Bréfritari: Sigríður Pálsdóttir
Viðtakandi: Páll Pálsson
Dagsetning: A-1861-04-07
Skrifað á: Breiðabólsstað  Rang.
Páll var bróðir Sigríðar

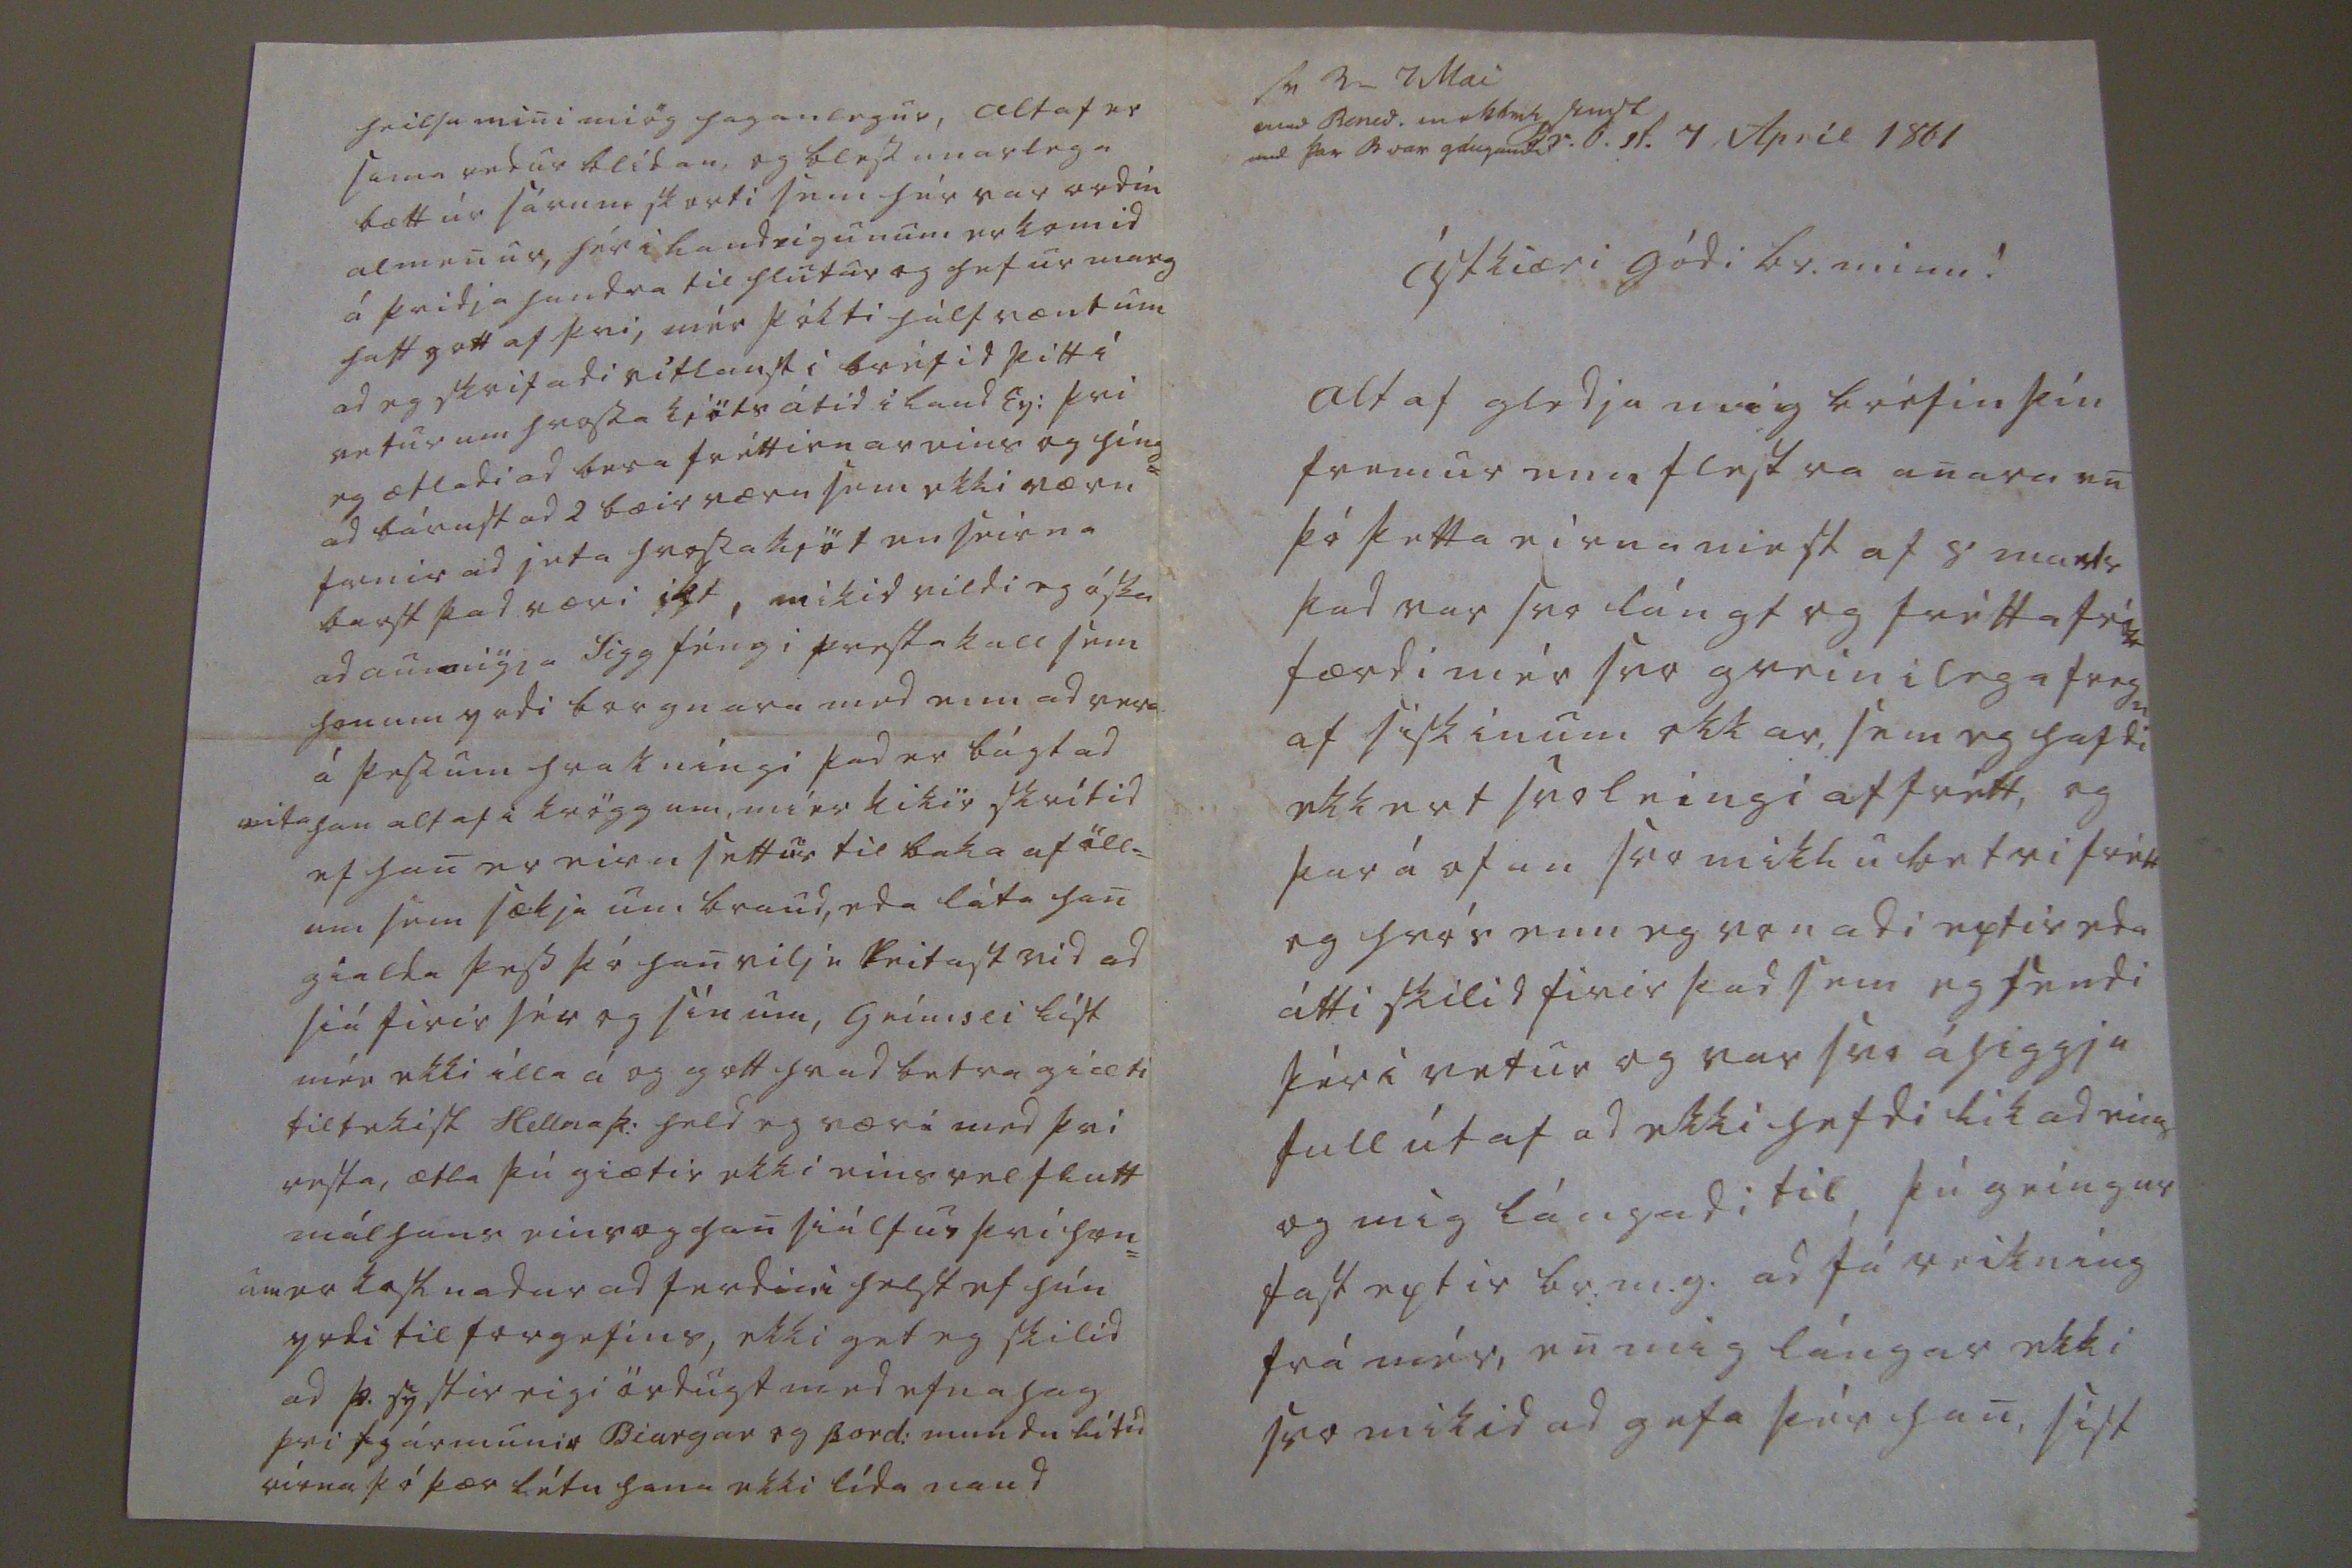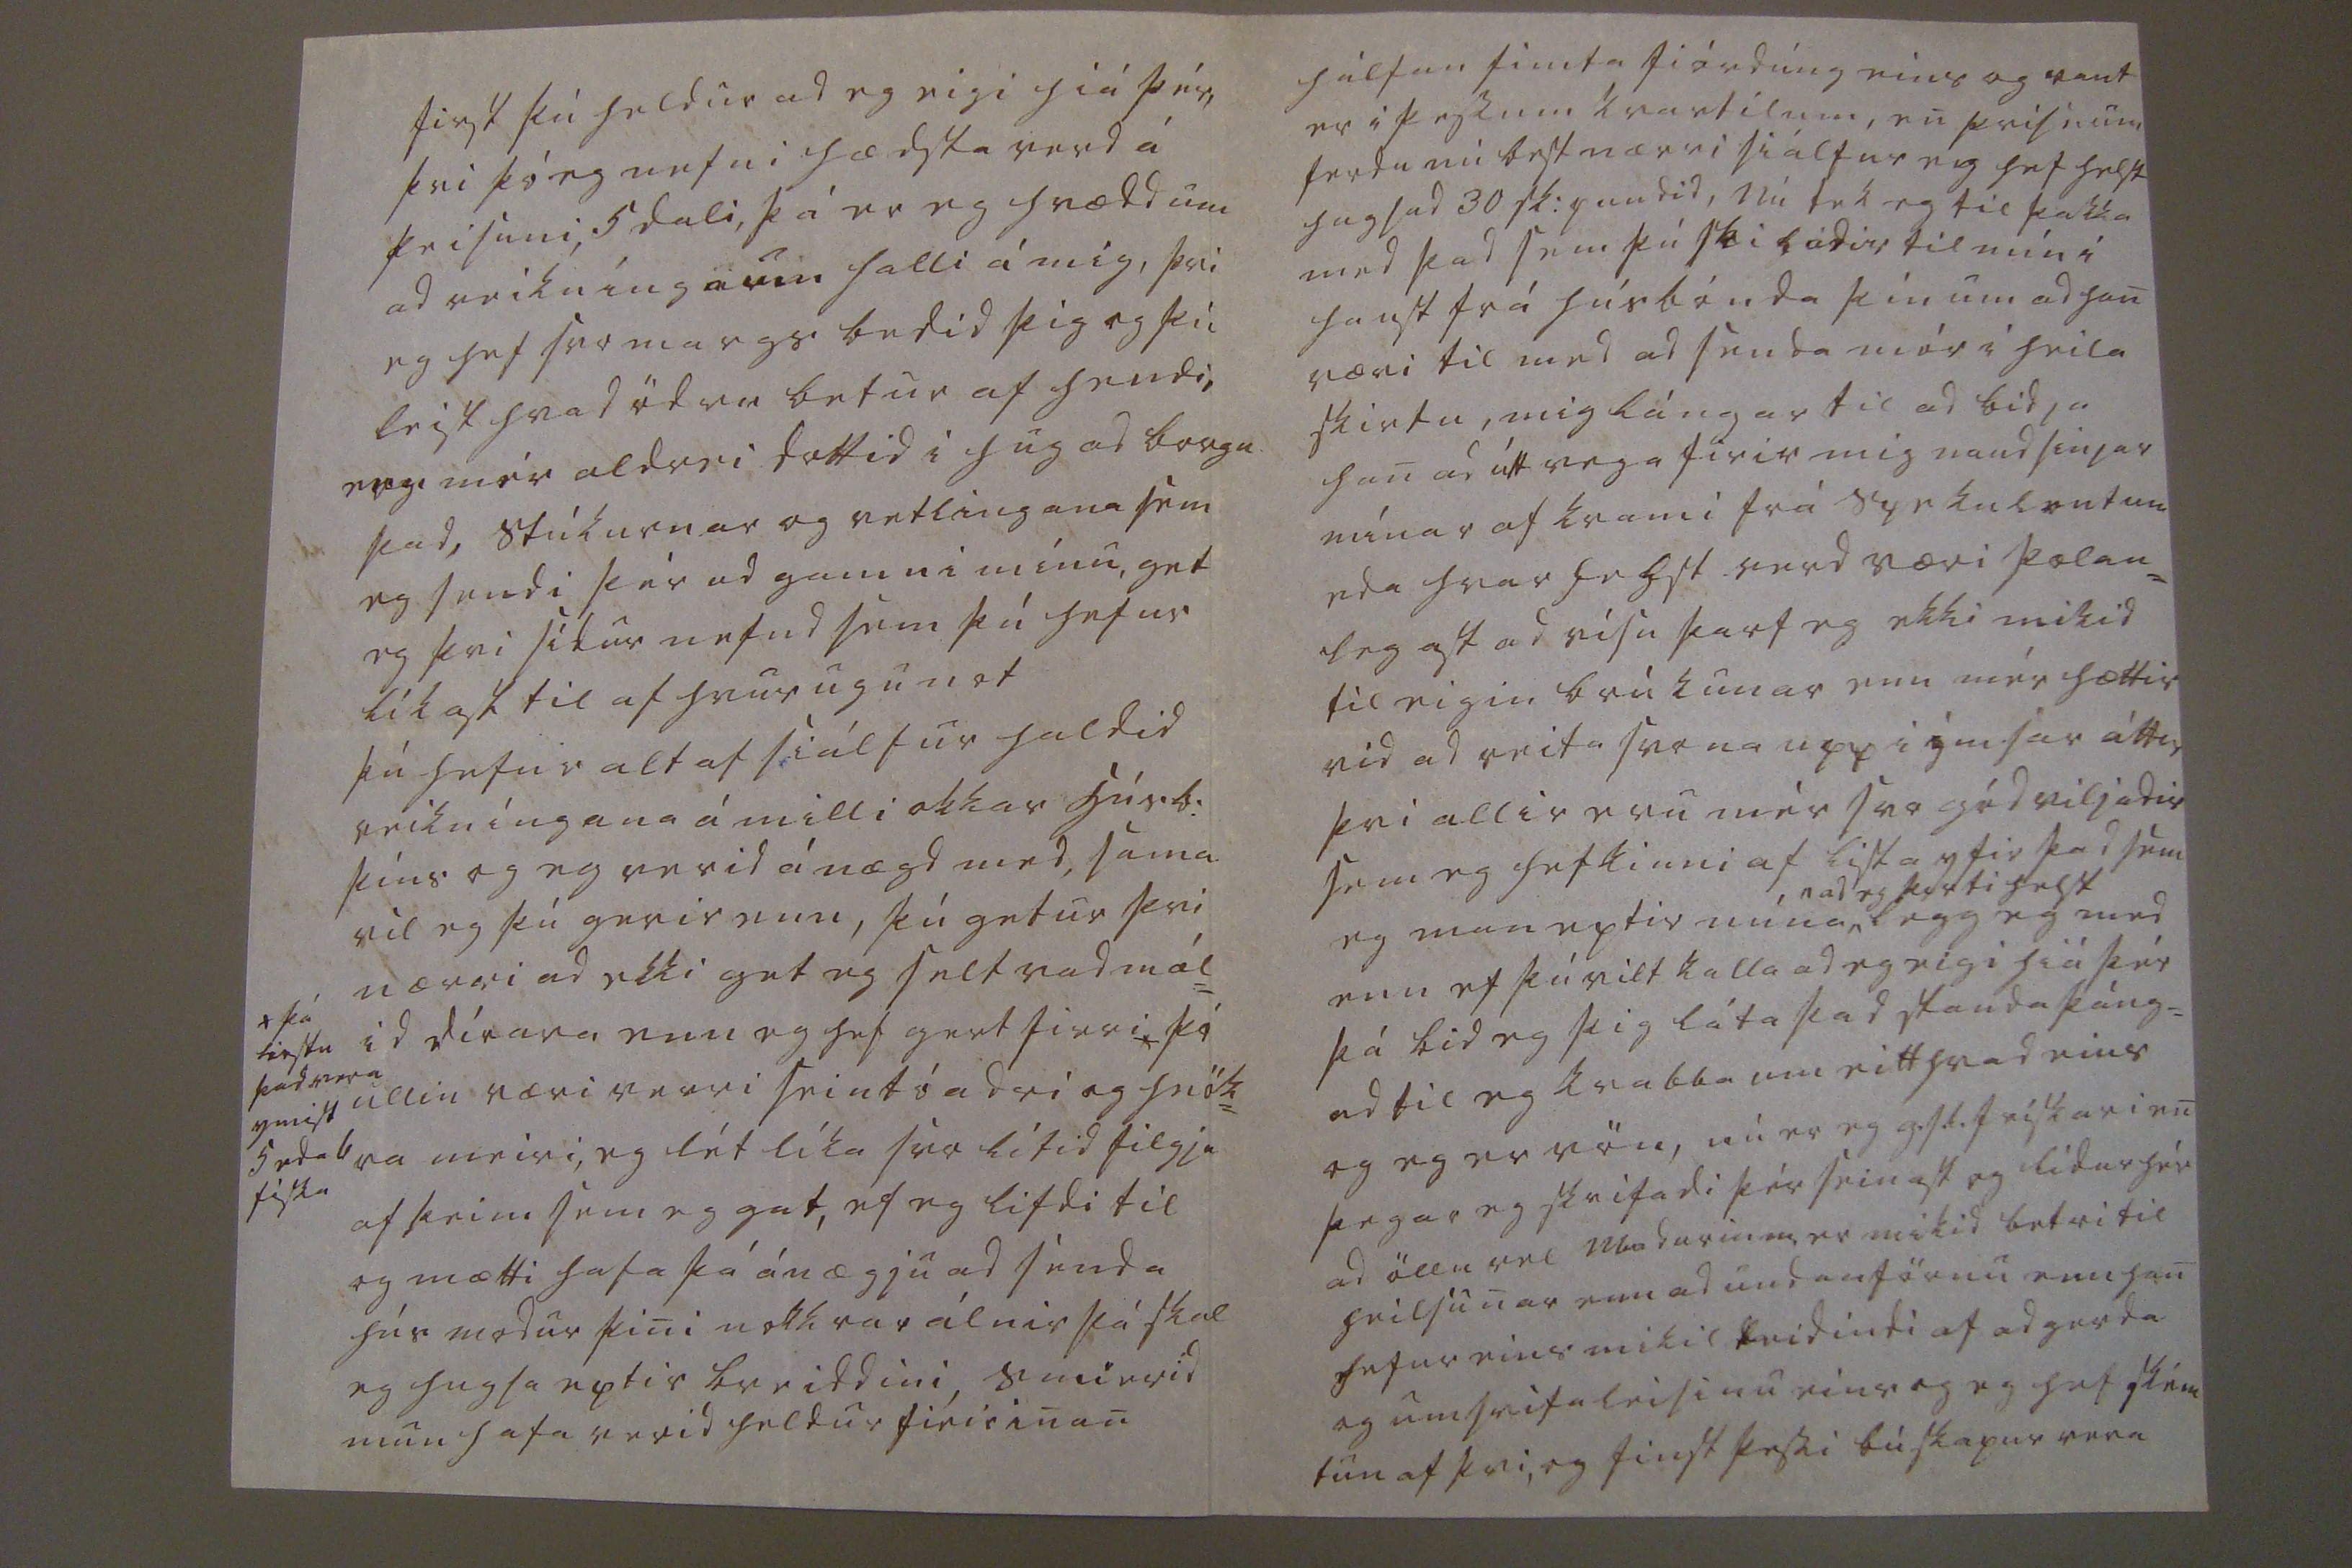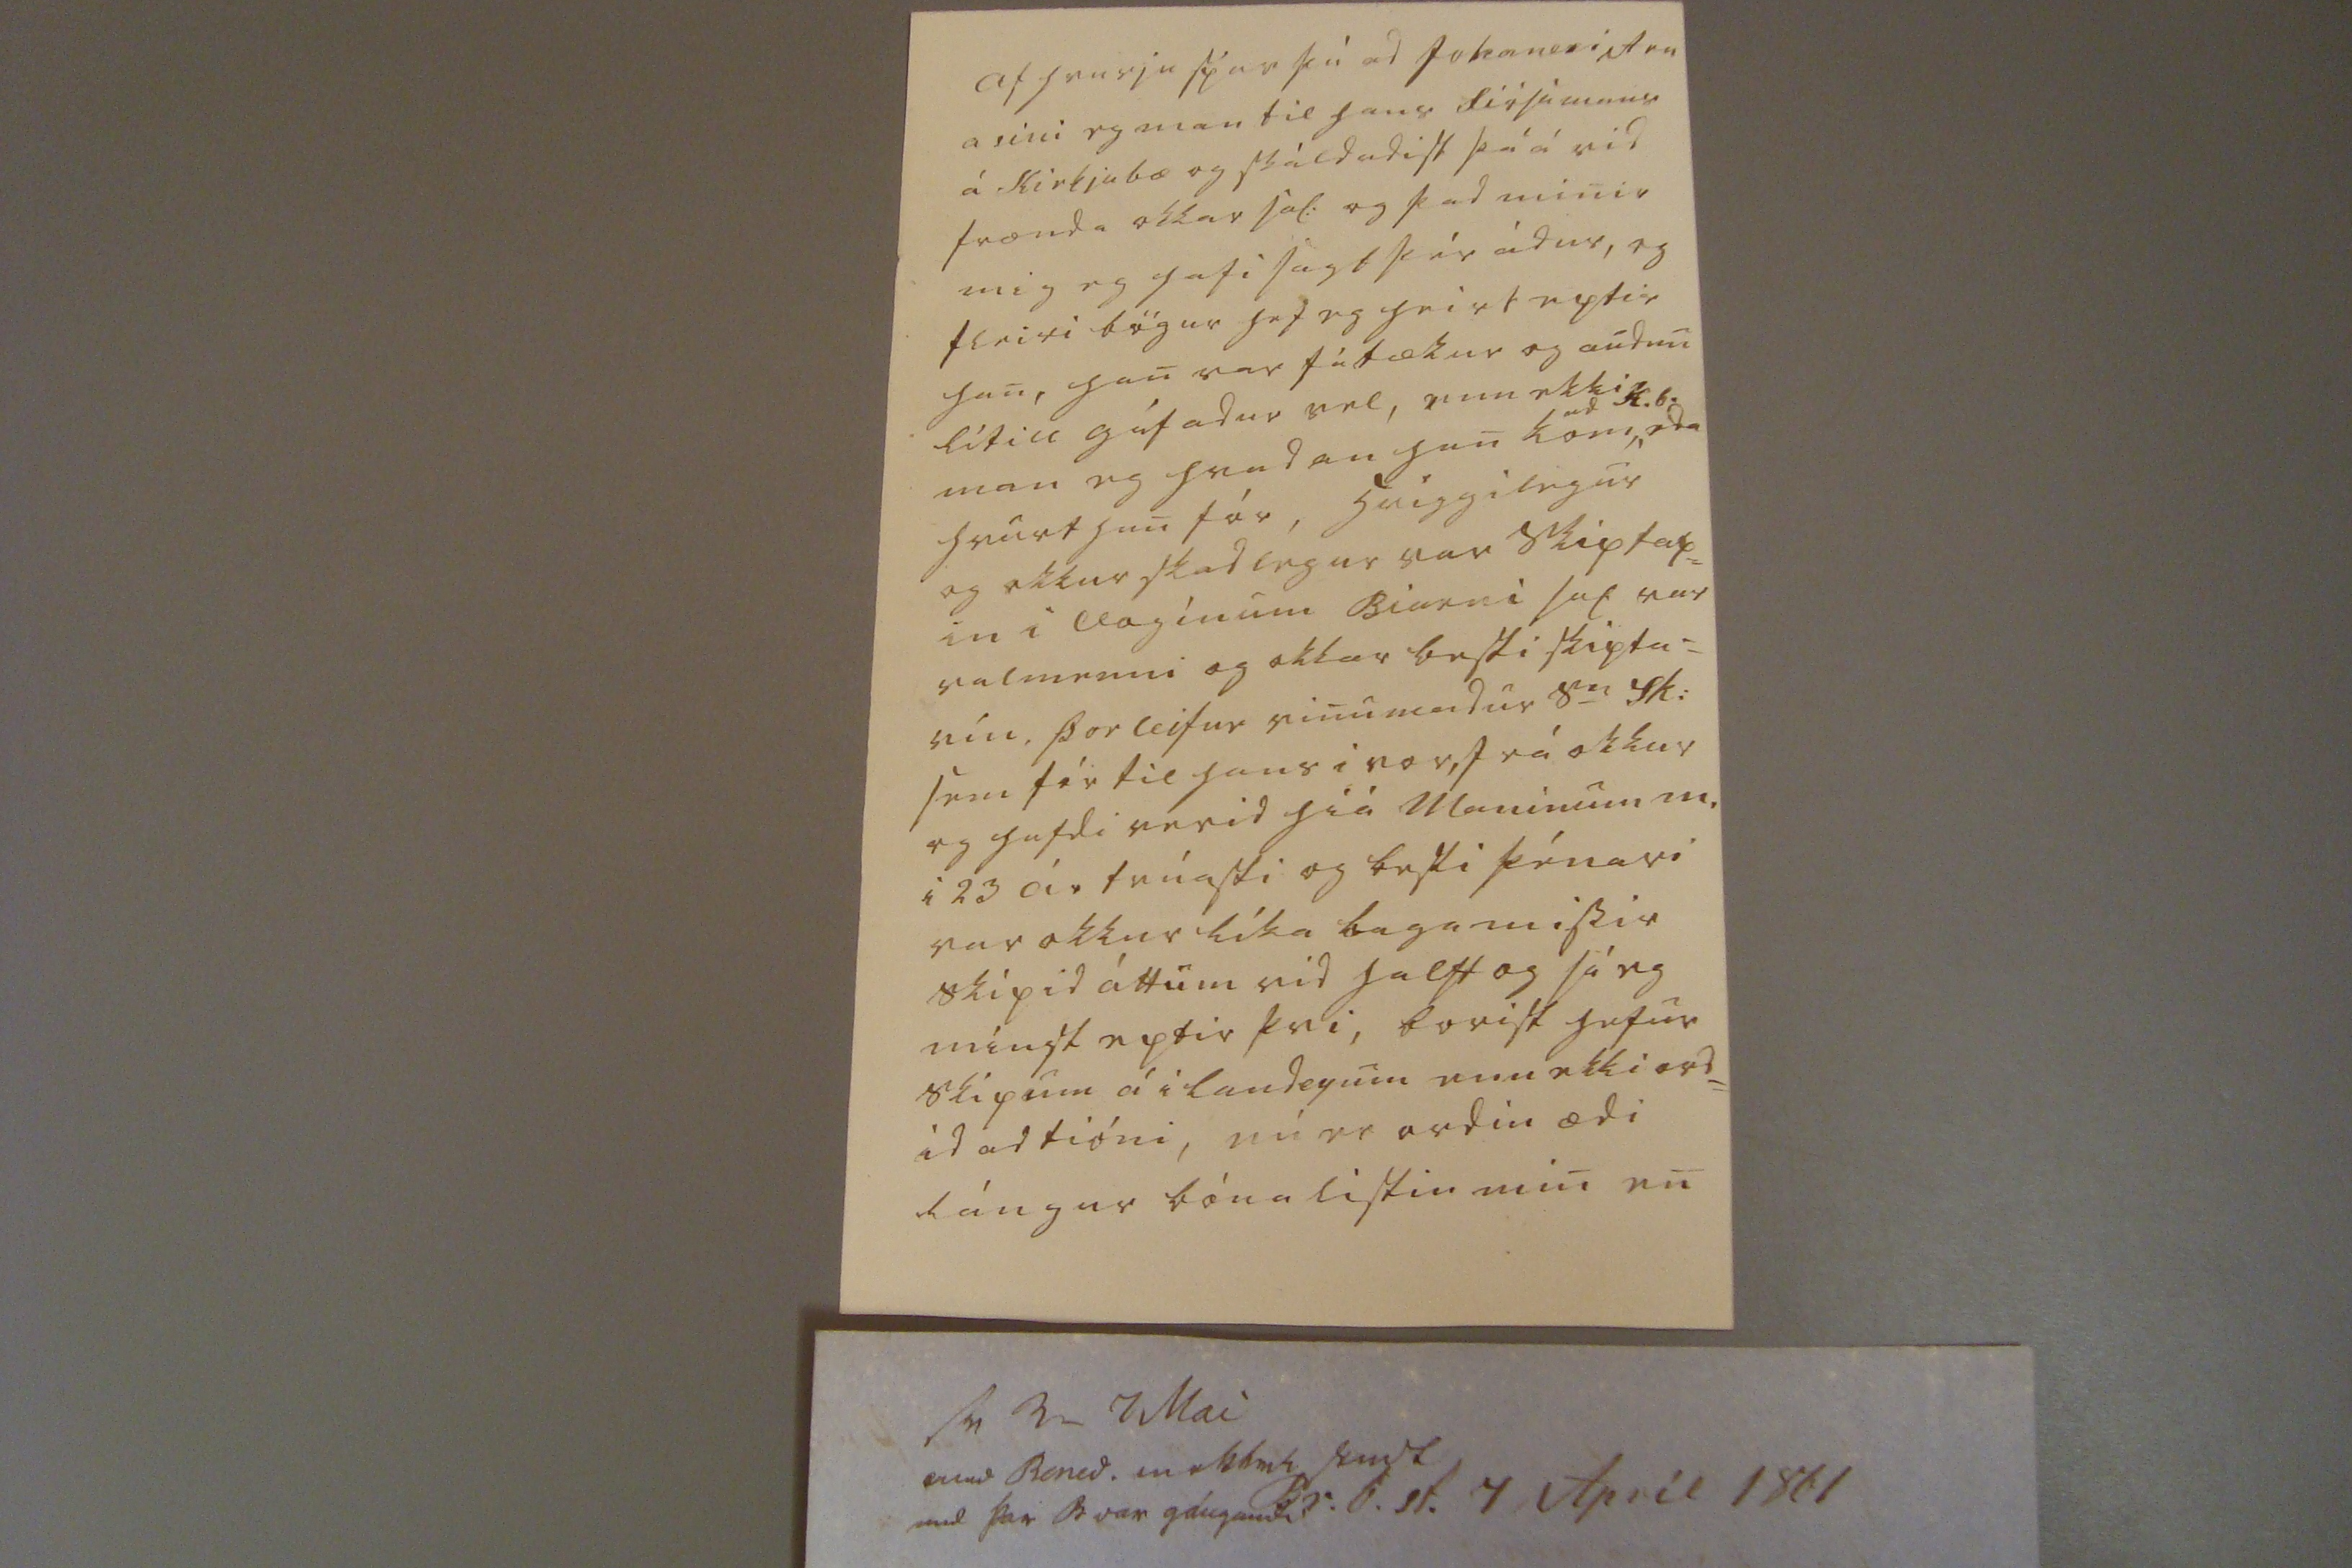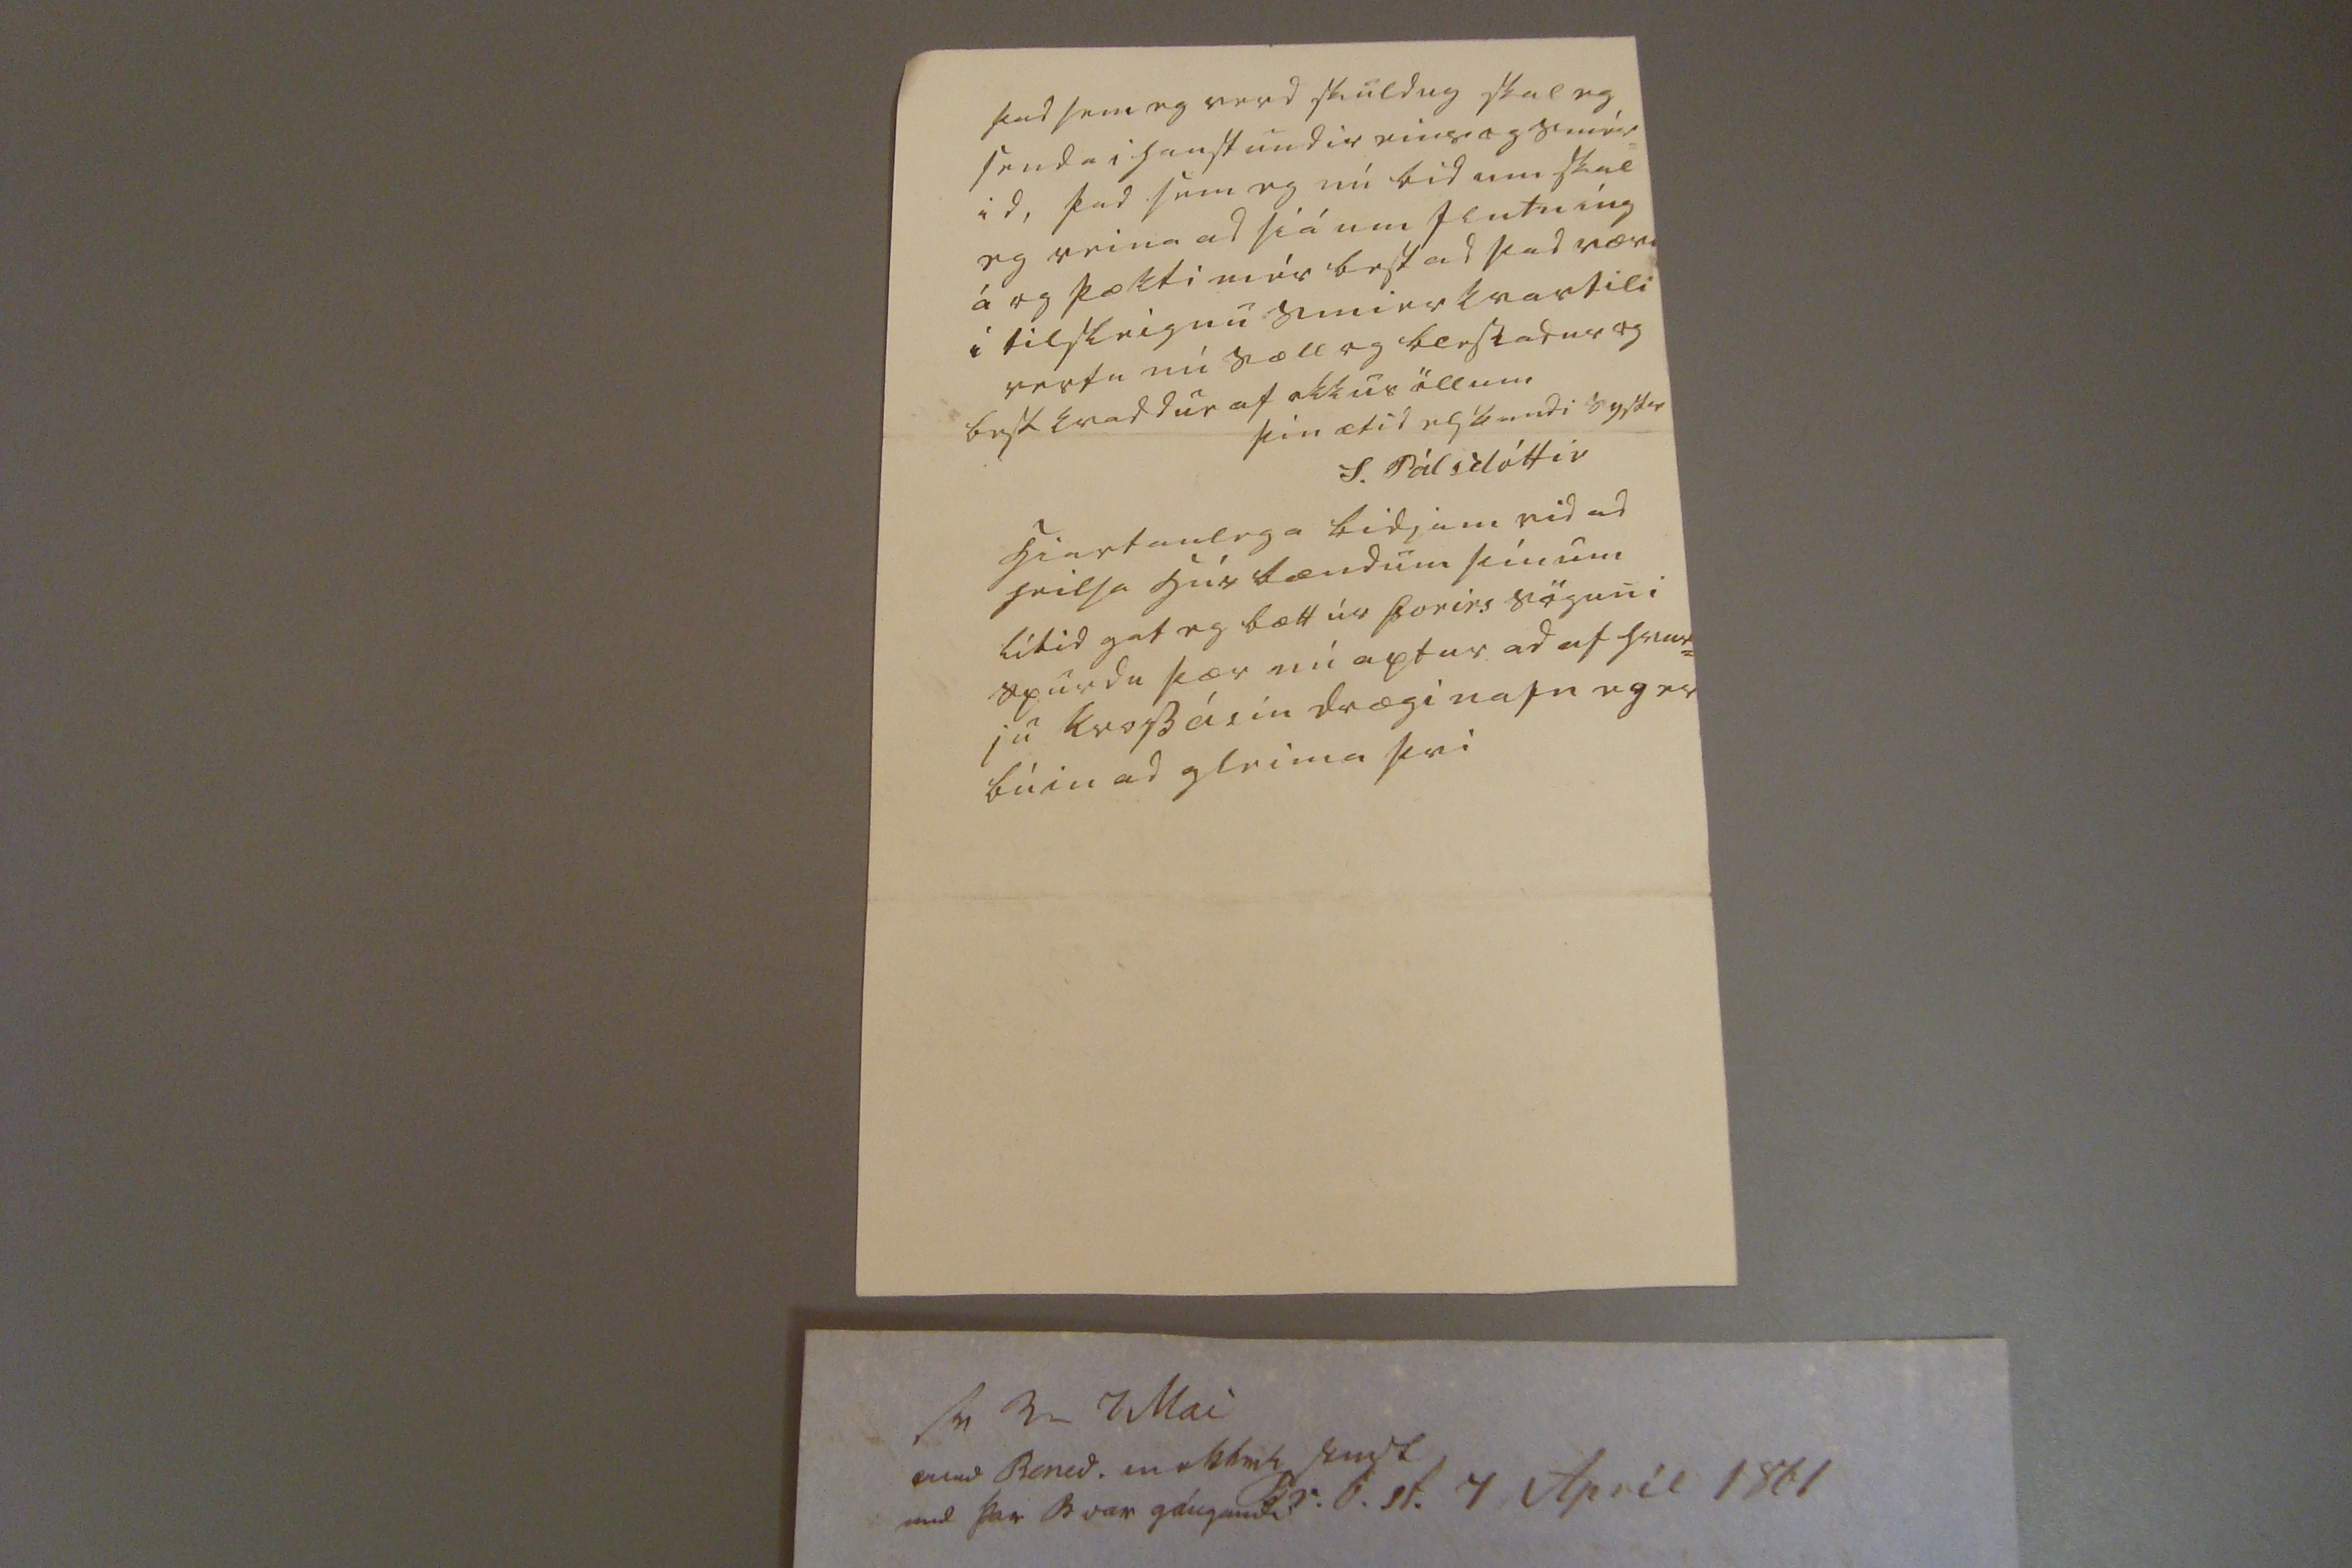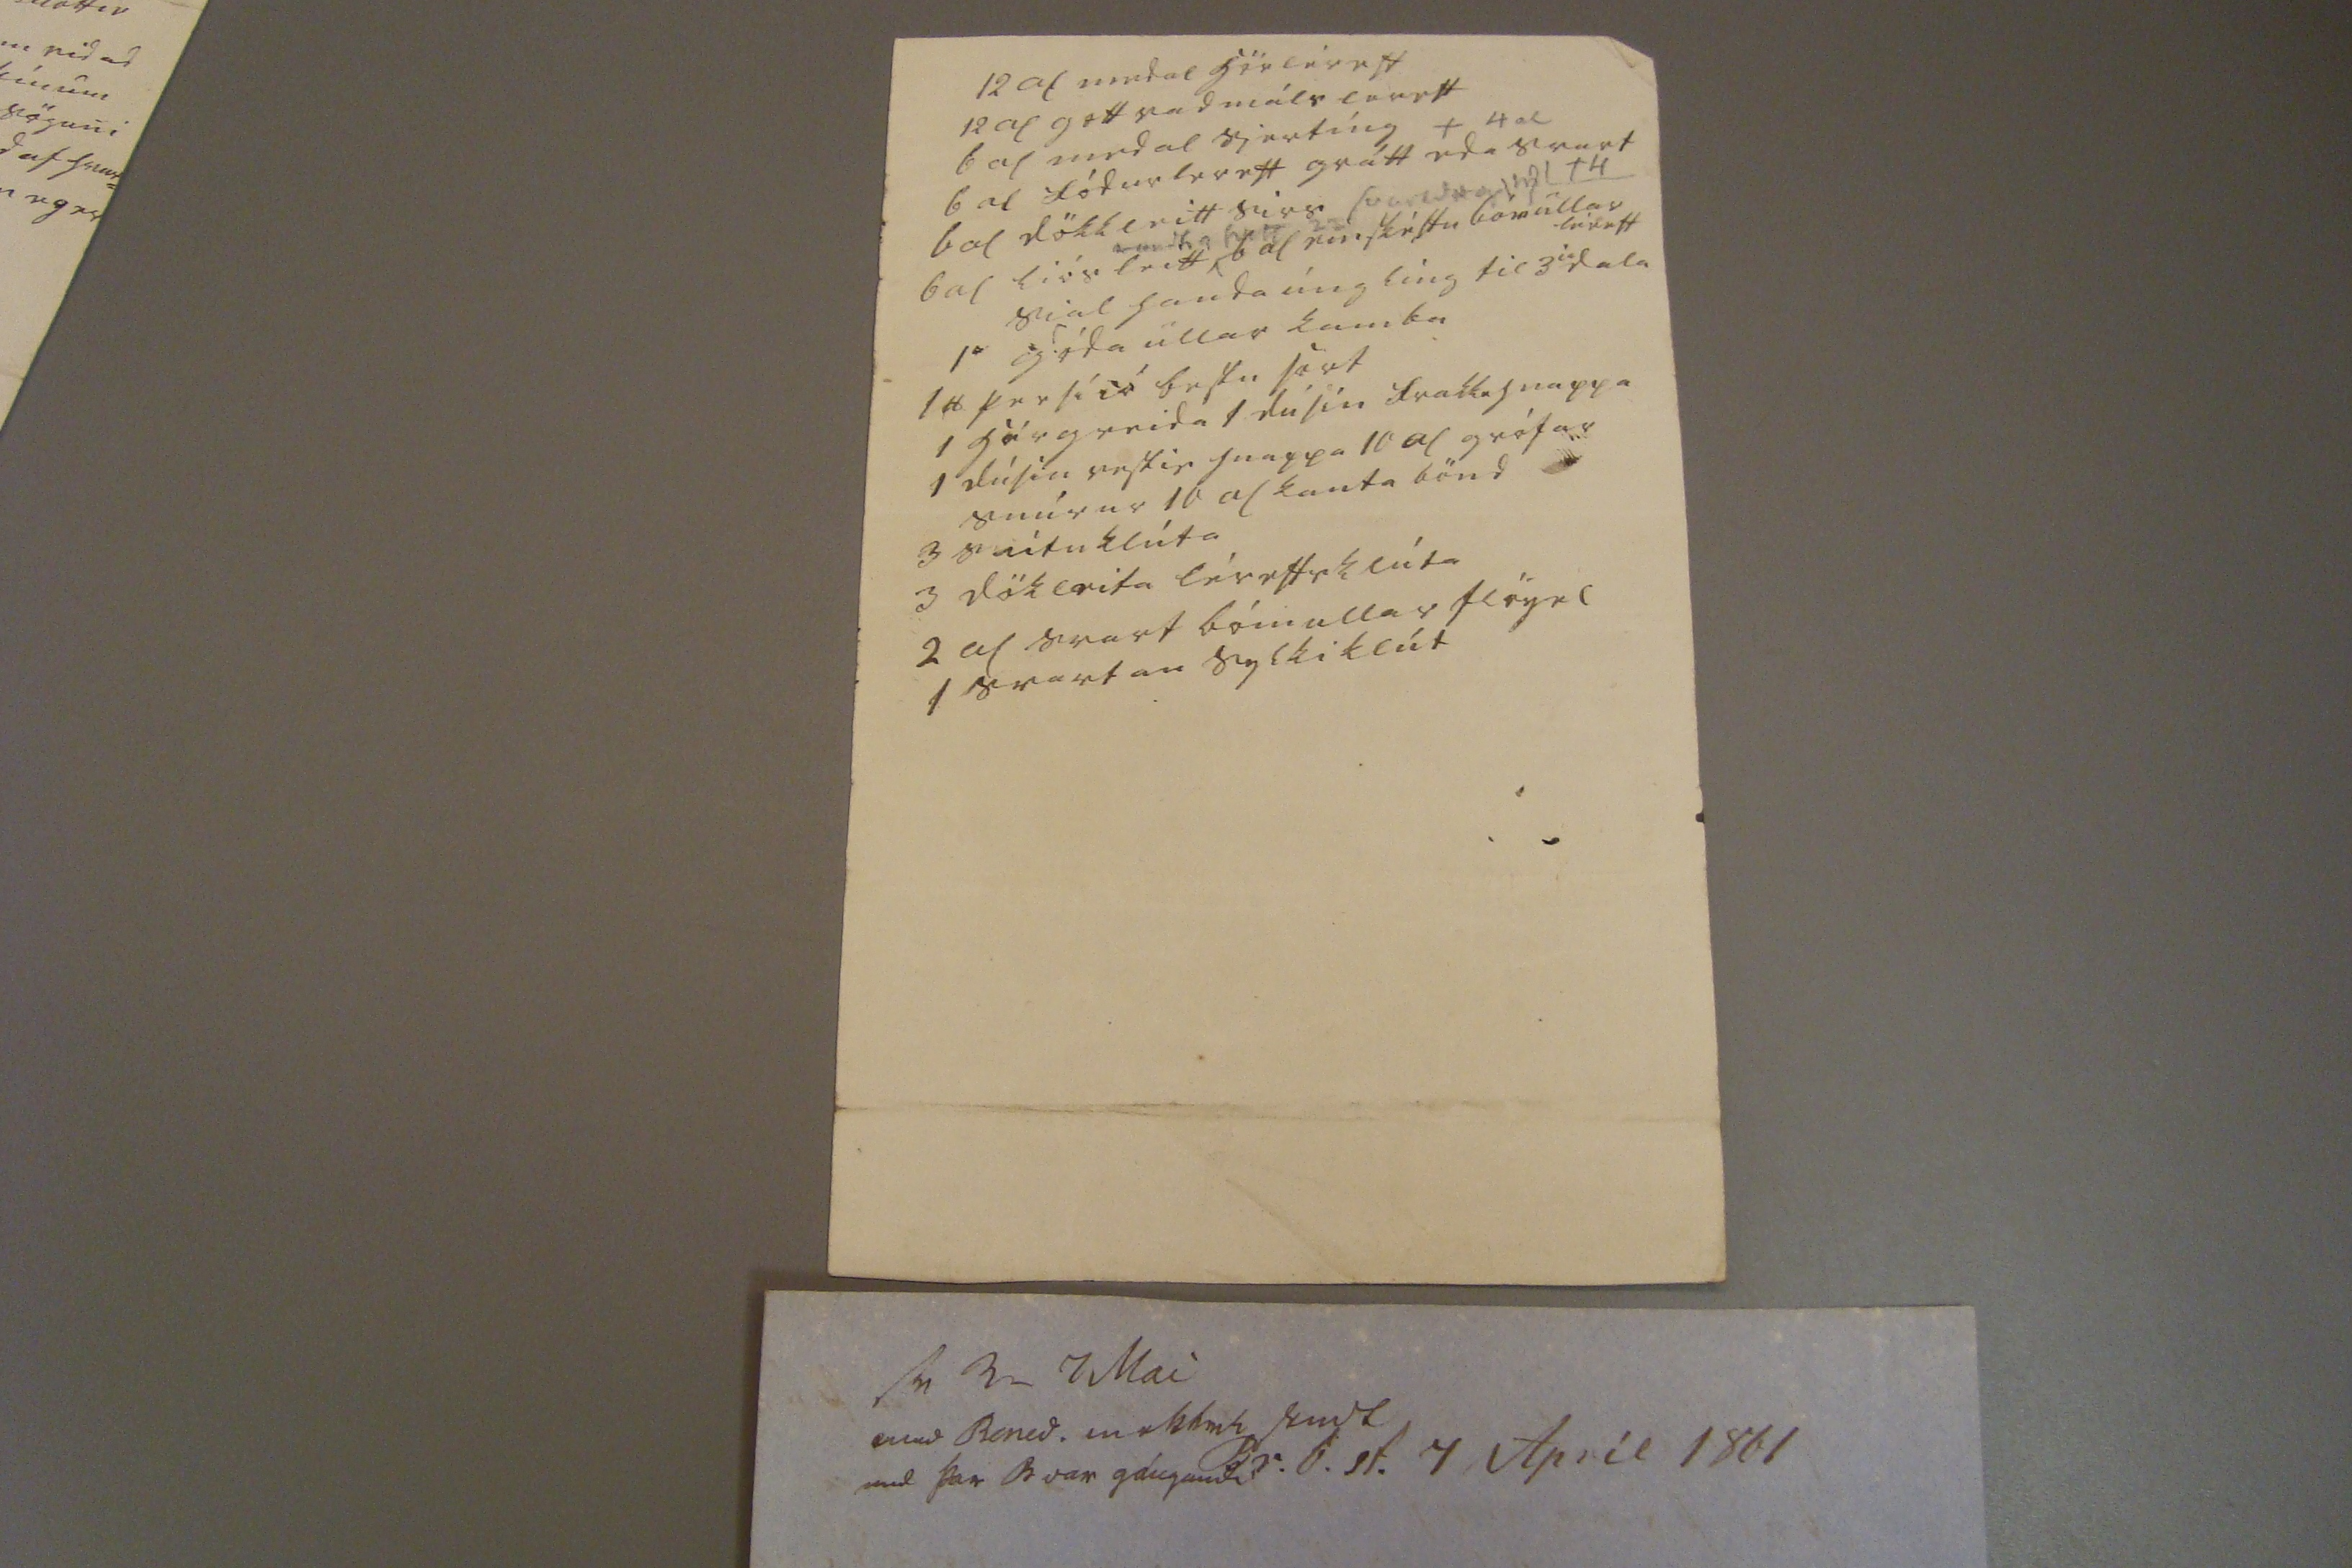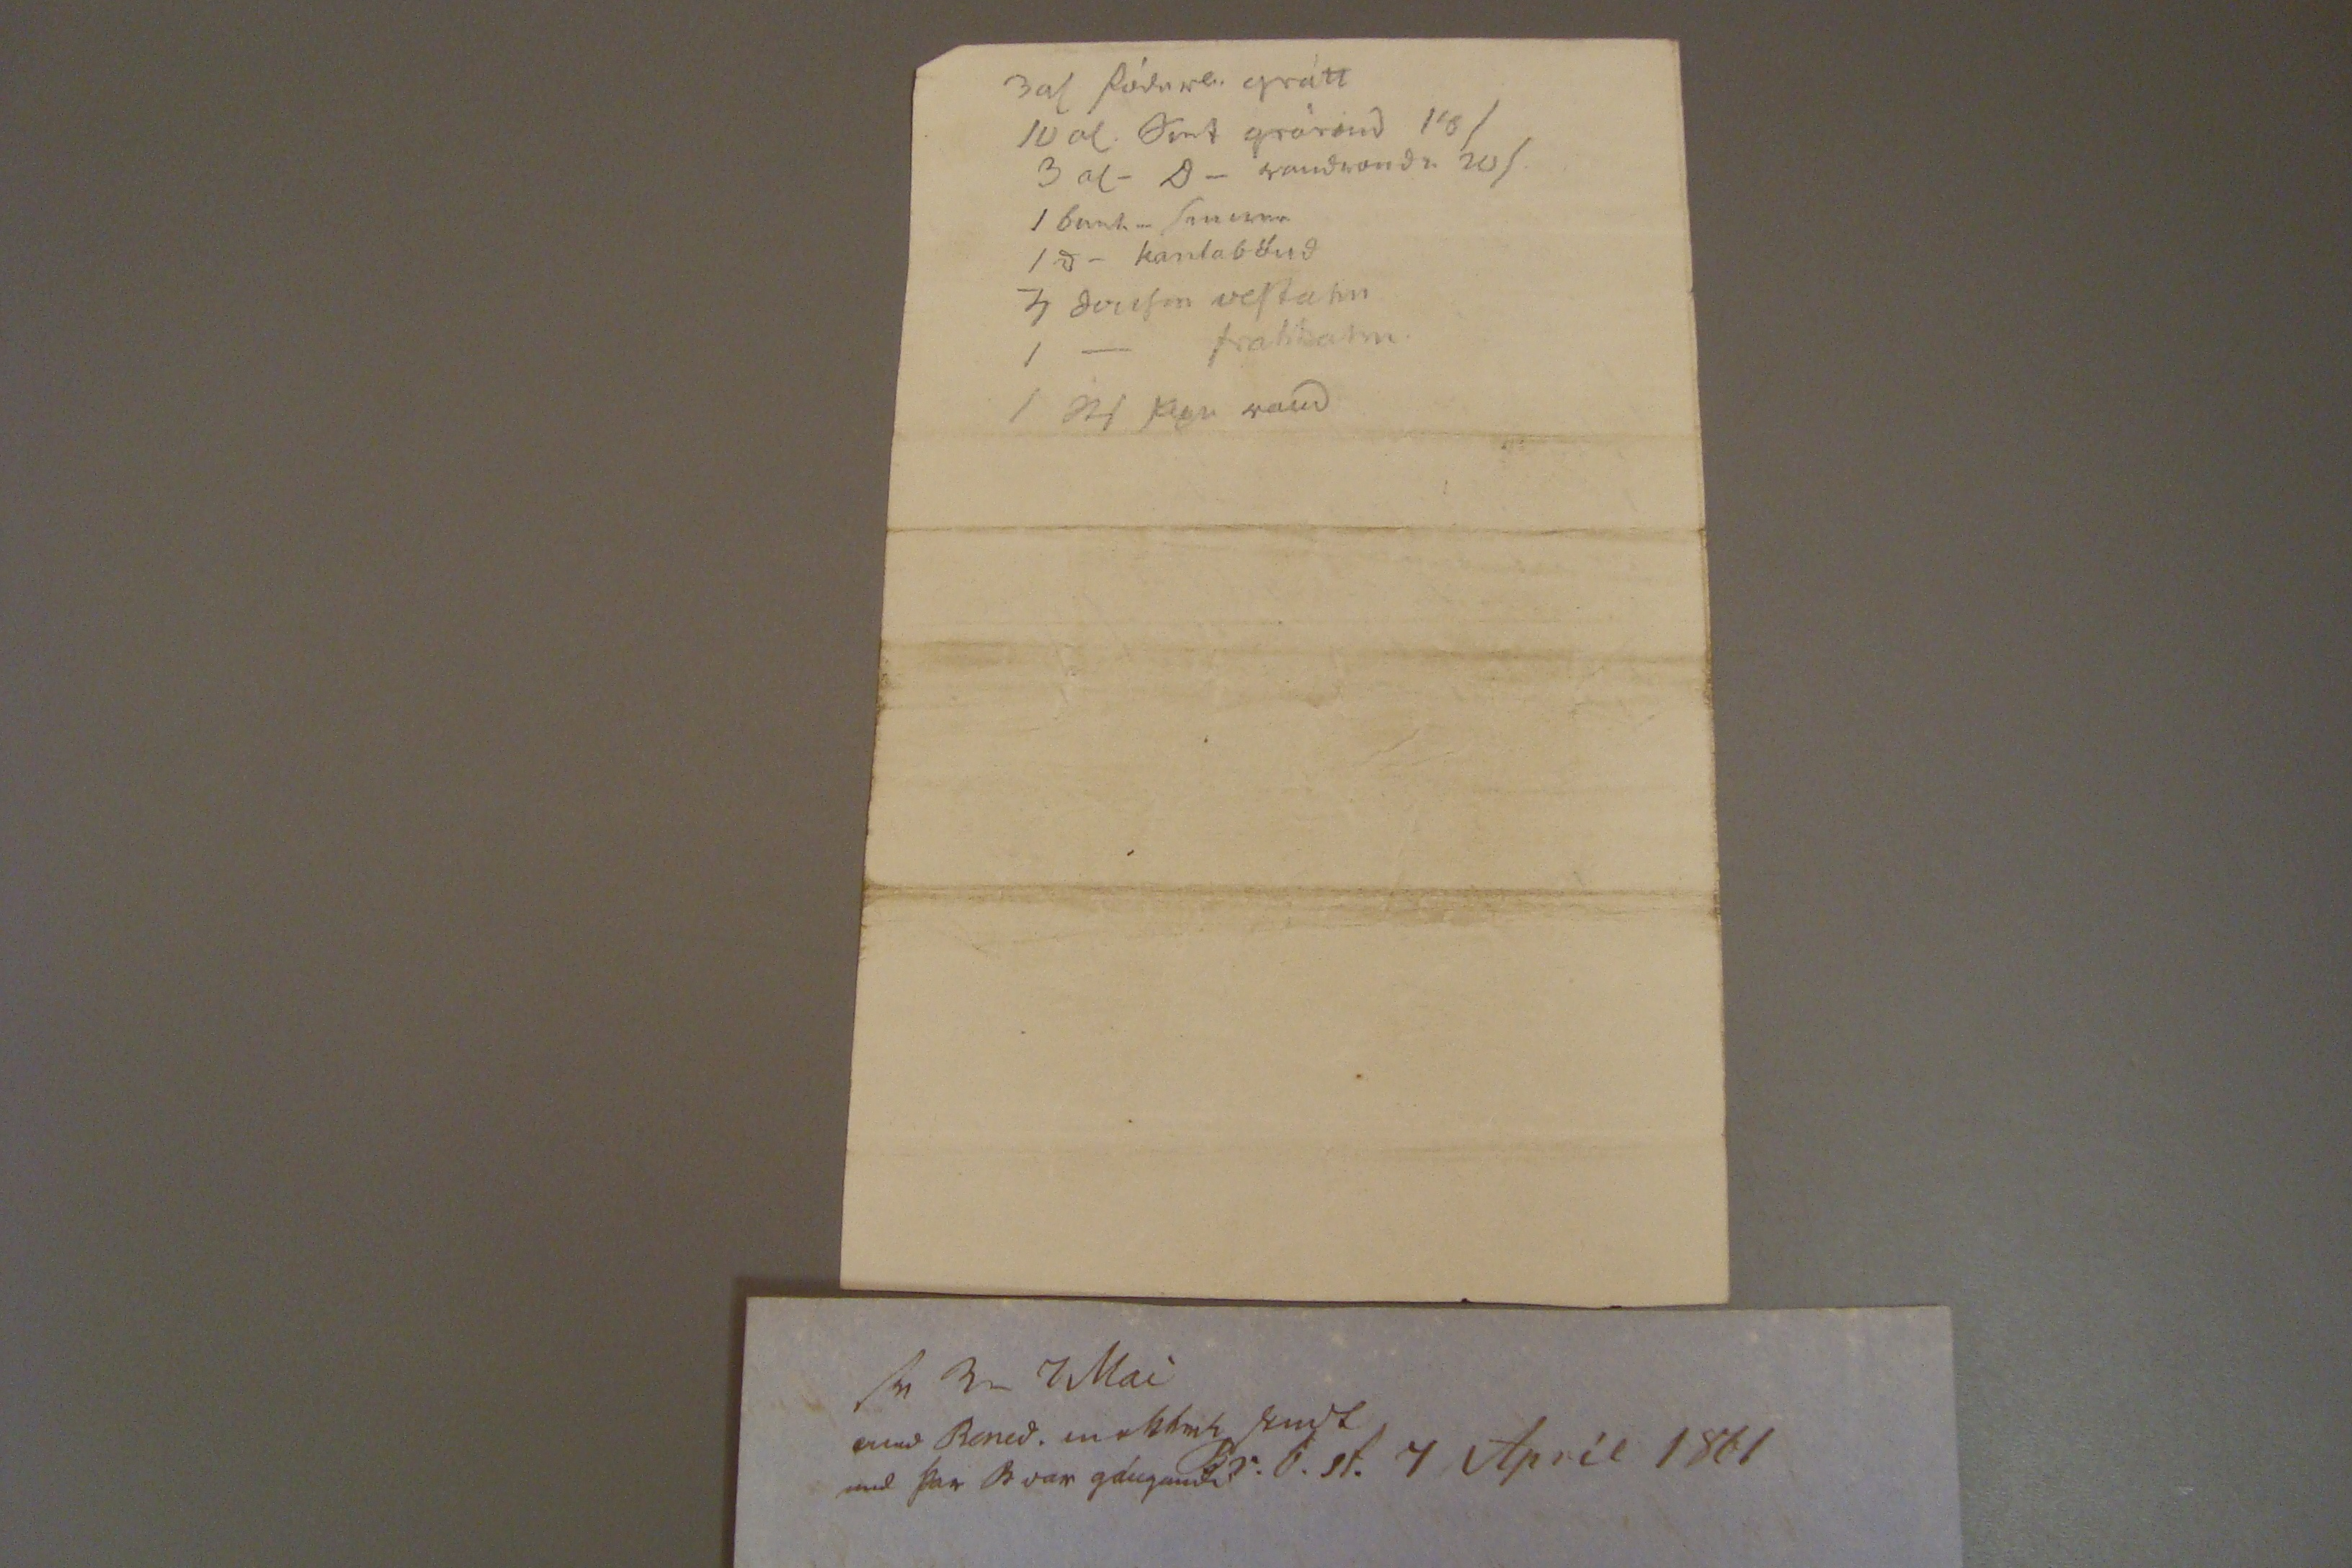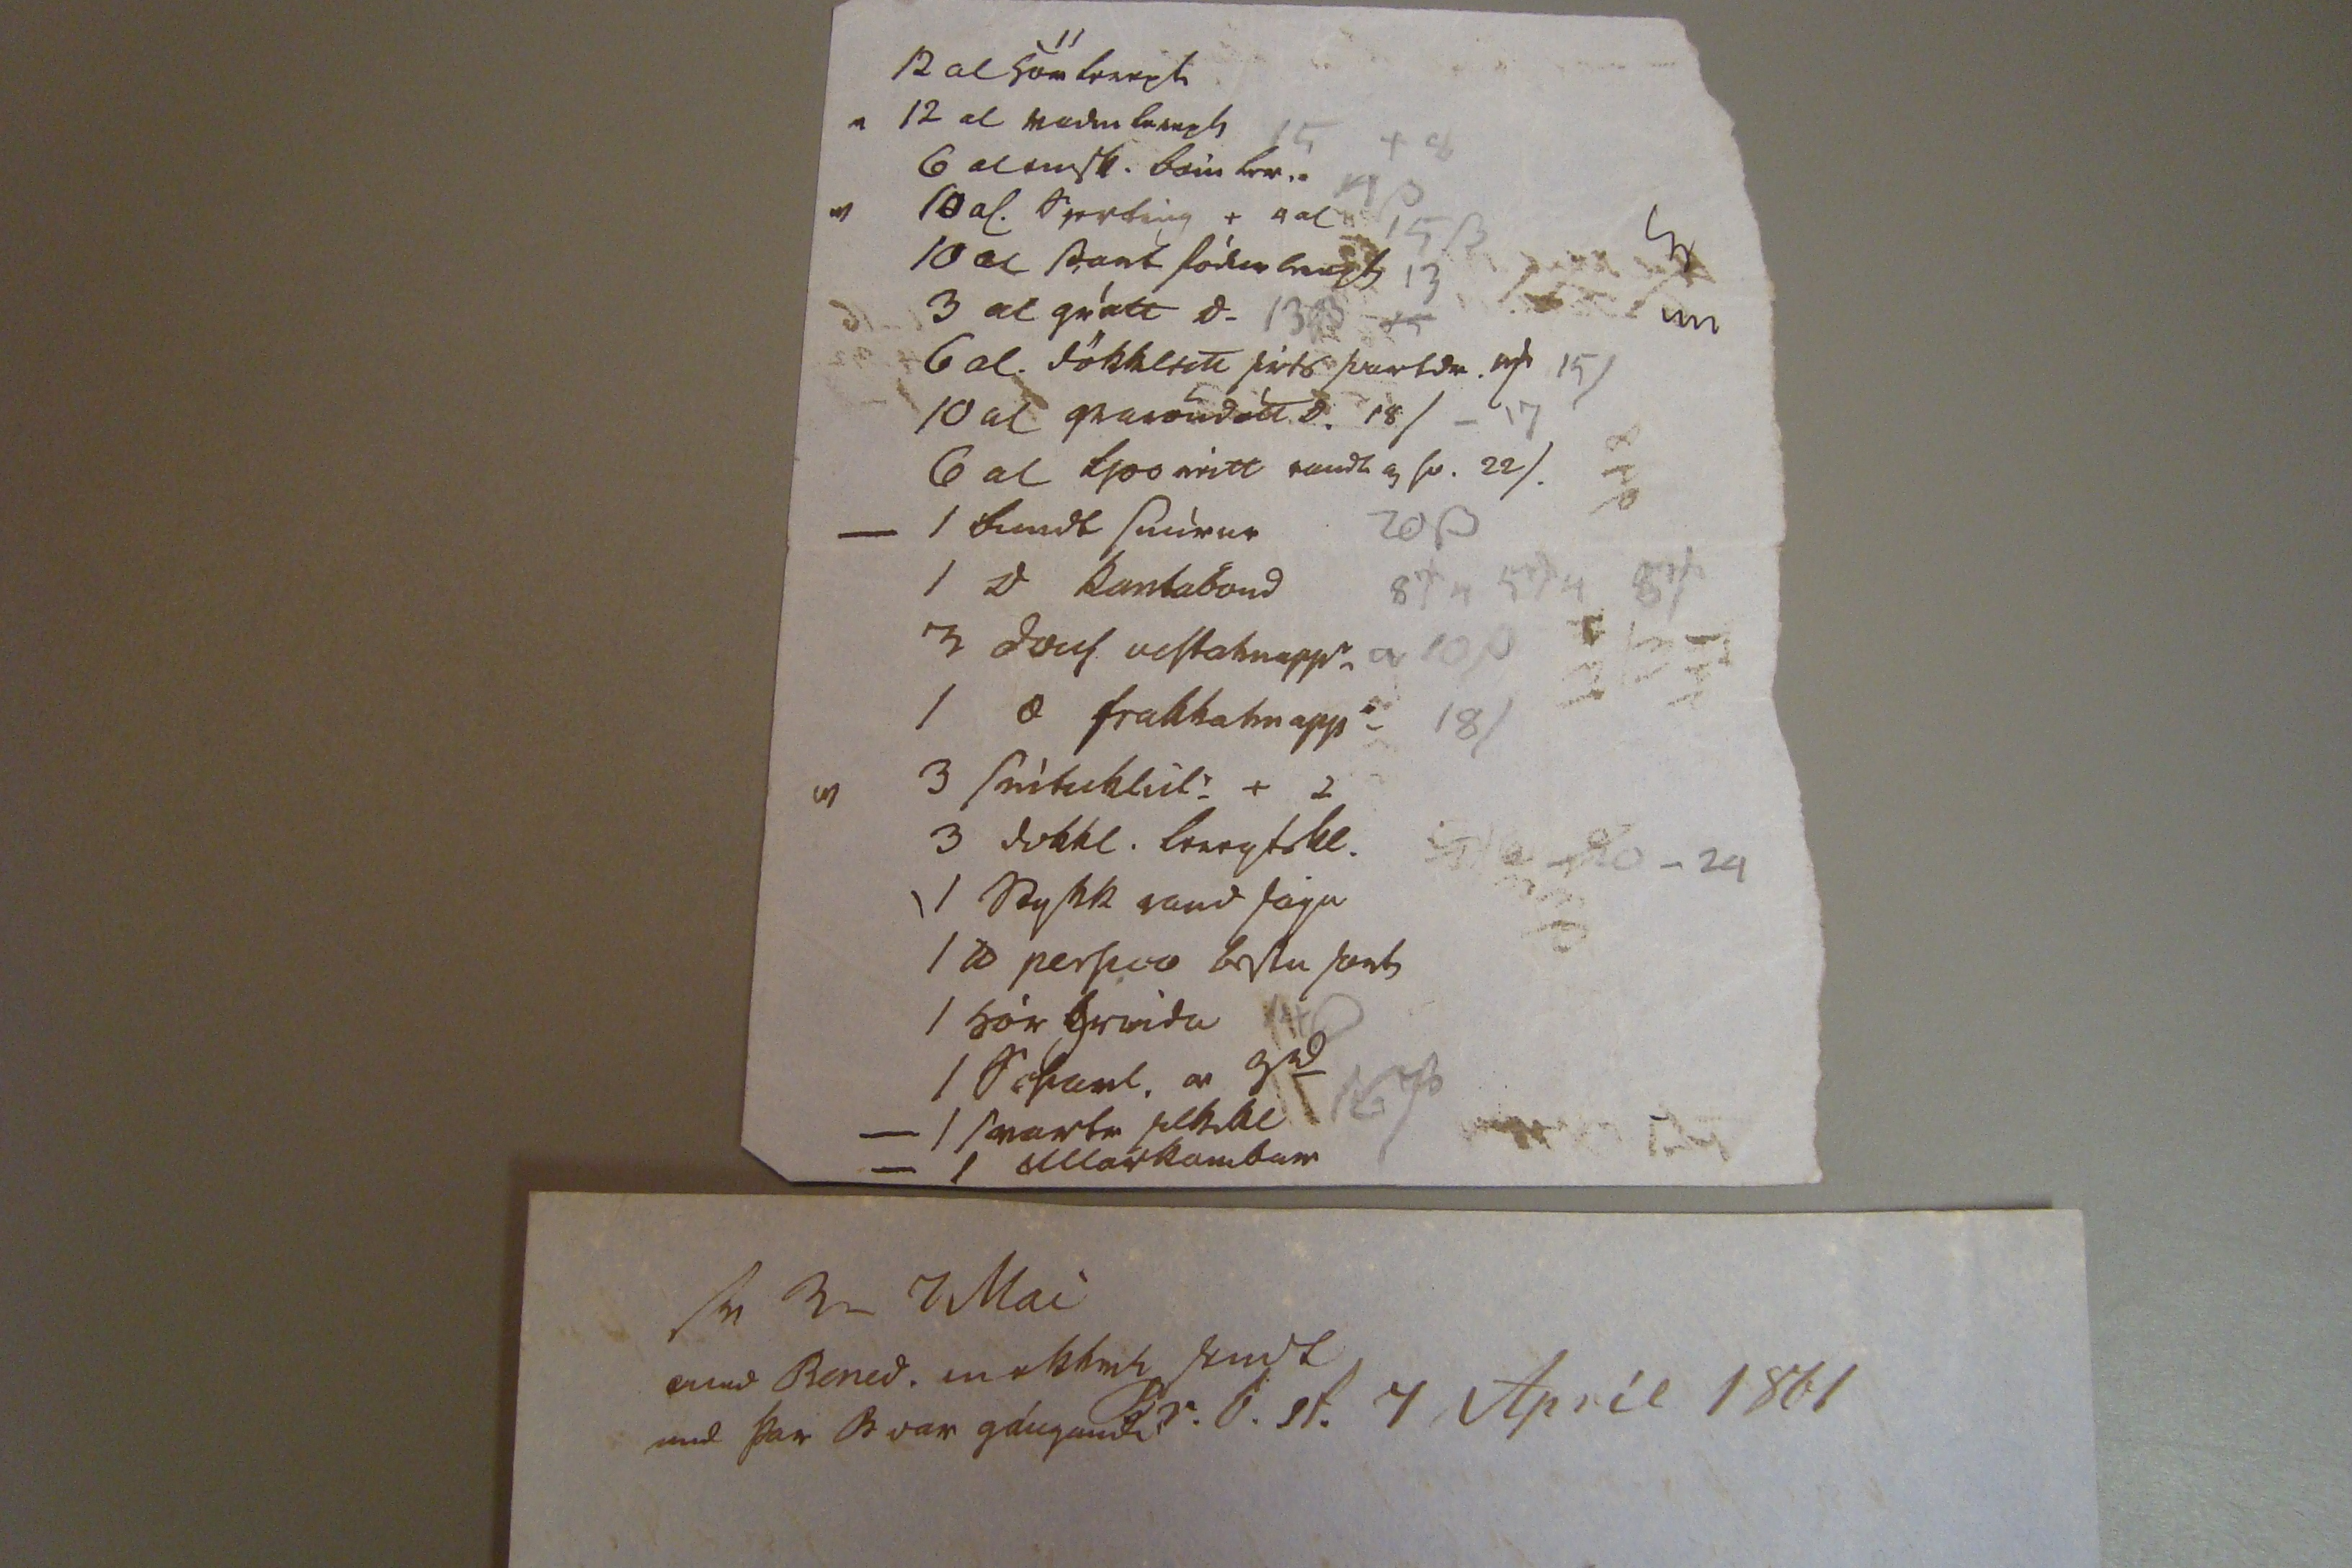

sv 3_ 7 Mai med Benid. mekk00 000 med þar B var gángandi
Br.b.st. 7 Apríl 1861
ástkiæri gódi br. minn!
altaf gledja mig bréfin þín fremur enn flestra anara en þó þetta eirna niest af s mands þad var svo lángt eg frétta
fé00
færdi mér svo greinilega fregn af siskinum okkar sem eg hafdi ekkert svoleingi af frétt, og þar á ofan svo miklu betri frétt og hrós enn eg vonadi eptir eda átti skilid firir þad sem eg sendi þér i vetur og var svo áhiggju full útaf ad ekki hefdi likad
rúg
og mig lángadi til, þú geíngur fast eptir br.m.g. ad fá reikníng frá mér, en mig lángar ekki svo mikid ad gefa þér han, síst
first þú heldur ad eg eigi hiá þér, þvi þó eg nefni hædsta verd á peisuni, 5 dali, þá er eg hrædd um ad reikníngurin falli á mig, þvi eg hef svo margs bedid þig og þú leist hvad ödru betur af hendi, eru
enn
mér aldrei dottid i hug ad borga þad, stúkurnar og vetlingana sem eg sendi þér ad gamni mínu, get eg þvi sídur nefnd sem þú hefur líkast til af hvurugu not þú hefur altaf siálfur haldid reikníngana á milli okkar húsb: þíns og eg verid ánægd med, sama vil eg þú gerir enn, þú getur þvi nærri ad ekki get eg selt vadmál= id dírara enn eg hef gert firri* þá ullin væri verri seint óadri og hnök= ra meiri, eg lét líka svo lítid filgja af þeim sem eg gat, ef eg lifdi til og mætti hafa þá ánægju ad senda hús modur þini nokkrar álnir þá skal eg hugsa eptir breiddini, smierid mun hafa verid heldur firir inan
hálfan fimta fiórdúng eins og vant er i þessum kvartilum, en prisnum ferdu nú bestnærri siálfur eg hef helst hugsad 30 sk: pundid, nú tek eg til þakka med þad sem þú
skifadir
til mín i haust frá húsbónda þínum ad han væri til med ad senda mér i heila skirtu, mig lángar til ad bidja han ad útvega firir mig naudsinjar mínar af krami frá spekulentum eda hvar helst verd væri þolan= legast ad vísu þarf eg ekki mikid til eigin brúkunar enn mér hættir vid ad reifa svona upp i ýmsar áttir þvi allir eru mér svo gódviljadir sem eg hef kinni af lista yfir þad sem eg man eptir mína
nad eg þyrti helst
legg eg med enn ef þú vilt kalla ad eg eigi hiá þér þá bid eg þig láta þad standa þáng= ad til eg kvabba um eitthvad eins og eg er vön, nú er eg g.s.l. frískari en þegar eg skrifadi þér seinast og lídur hér ad öllu vel madurin m er mikid betri til heilsunar enn ad undanförnu enn han hefur eins mikil leidindi af adgerda og umsvifaleisi nu eins og eg hef ském tun af þvi, og finst þessi búskapur vera
heilsu mini miög haganlegur, altaf er sama vedur blídan og blessunarlega bætt úr sárum skorti sem hér var ordín almenur, hér i landeigunum er komid á þridja hundra til hlutar og hefur marg haft gott af þvi, mér þókti hálfvænt um ad eg skrifadi vitlaust i bréfid þitt i vetur um hrossa kiötsátid i landEy: þvi eg ætladi ad bera fréttirnar eins og híng= ad bárust ad 2 bæir væru sem ekki væru farnir ad jeta hrossakjöt en seirna barst þad væri ikt, mikid vildi eg óska ad aumingja Sigg féngi prestakall sem honum yrdi borgnara med enn ad vera á þessum hrakníngi þad er bágt ad vita han altaf i kröggum, mér þikir skrítid ef han er eirn settur til baka af öll= um sem sækja um braud, eda láta han gialda þess þó han vilje leitast vid ad siá firir sér og sínum, Grímsei líst mér ekki illa á og gott hvad betra giæti til tekist Hellnaþ: held eg væri med þvi vesta, ætla þú giætir ekki eins vel flutt mál hans eins og han siálfur þvi hon= um er kostnadur ad ferdini helst ef hún yrdi til forgefins, ekki get eg skilid ad Þ. systir eigi ördugt med efnahag þvi fiármunir Biargar og Þord: mundu lítid rírna þó þær létu hana ekki lída naud
af hvurju spar þú ad Johanni Arn asini eg man til hans
0iésamans
á Kirkjubæ og skáldadist þá á vid frænda okkar sál: og þad minir mig eg hafi sagt þér ádur, og fleiri bögur hef eg heirt eptir han, han var fátækur og audnu lítill gáfadur vel, enn ekki ad K.b. man eg hvadan han kom, eda hvurt han fór, hriggilegur og okkur skadlegur var skiptap=in i voginum Biarni sal. var velmenni og okkar besti skipta= rin, Þorleifur vinumadur s
00
Sk: sem fór til hans i vor, frá okkur eg hafdi verid hiá Maninum m, i 23 ár trúasti og besti þénari var okkur líka bgamissir skipid áttum vid halft og sá eg minst eptir þvi, borist hefur skipum á i Landeyum enn ekki ord= id ad tióni, nú er ordin ædi lángur bónalistin min en
þad sem eg verd skuldug skal eg senda i haust undir eins og smér= id, þad sem eg nú bid um skal eg reina ad siá um flutníng á og þækti mér best ad þad væru i tilsleignu smierkvartili vertu nú sæll og blessadur og bestkvaddur af okkur öllum
þín ætíd elskandi systir
S. Pálsdóttir
hiartanlega bidjum vid ad heilsa húsbændum þínum lítid get eg bætt úr
Þorirs
söguni spurdu þær nú aptur ad af hvur= ju krossárin drægi nafn eg er búin ad gleima þvi
12 af medal hörléreft 12 af gott vadmáls lereft 6 al medal hjartíng + 4 al 6 af fódurlereft grátt eda svart 6 al liósleitt 6 al
einskéstu
bómullar léreft sial handa úngling til 3
ia
dala 1 góda ullar kamba 1 persí
ió
bestu sort 1 hárgreida 1 dúsin frakkahnappa 1 dúsin vestis hnappa 10 al grófar snúrur 10 al kanta bönd 3 snituklúta 3 dökleita léreftsklúta 2 al svart bómullar flög
00
1 svartan sylkiklút
3 al fódurl. grátt 10 al
00nt
gráraud 18/ 3 al- D- raud
0000
20/ 1 band_ sinum 1 d- kantabönd 3
00sin
vestahn 1 - frakkahn. 1
00 00 raud
12 al hör lereft 12 al vadm lereft 6 al 00sk. bæin b0. 10 al hjarting + 4 al 10 al 0ant fódurlereft 3 al grátt D- 6 al dökkleitt 0irts svart00. 00 10 al graröndótt D. 18/ 6 al ljosneitt raudl af sv. 22/ 1 brandb snúrur 1 D kantaband 3 dous vestahnappa 1 æ frakkahnapp 3 snituklút + 2 3 dokkl. lereptskl 1 raudsápu 1 00si0o bestu s0n0 1 hárgreida 1 s0a0l m 3s
ad
1 svarta silkibl 1 ullarkambar